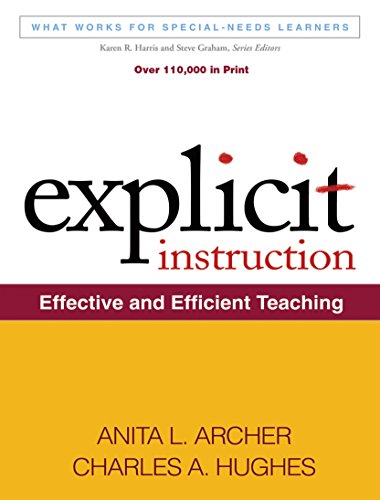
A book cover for Explicit Instruction: Effective and Efficient Teaching (What Works for Special-Needs Learners); Anita L. Archer; Education & Teaching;